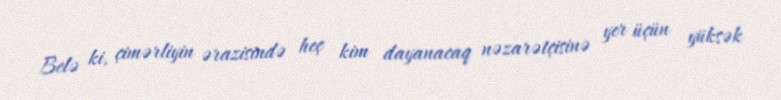
Belə ki, çimərliyin ərazisində heç kim dayanacaq nəzarətçisinə yer üçün yüksək